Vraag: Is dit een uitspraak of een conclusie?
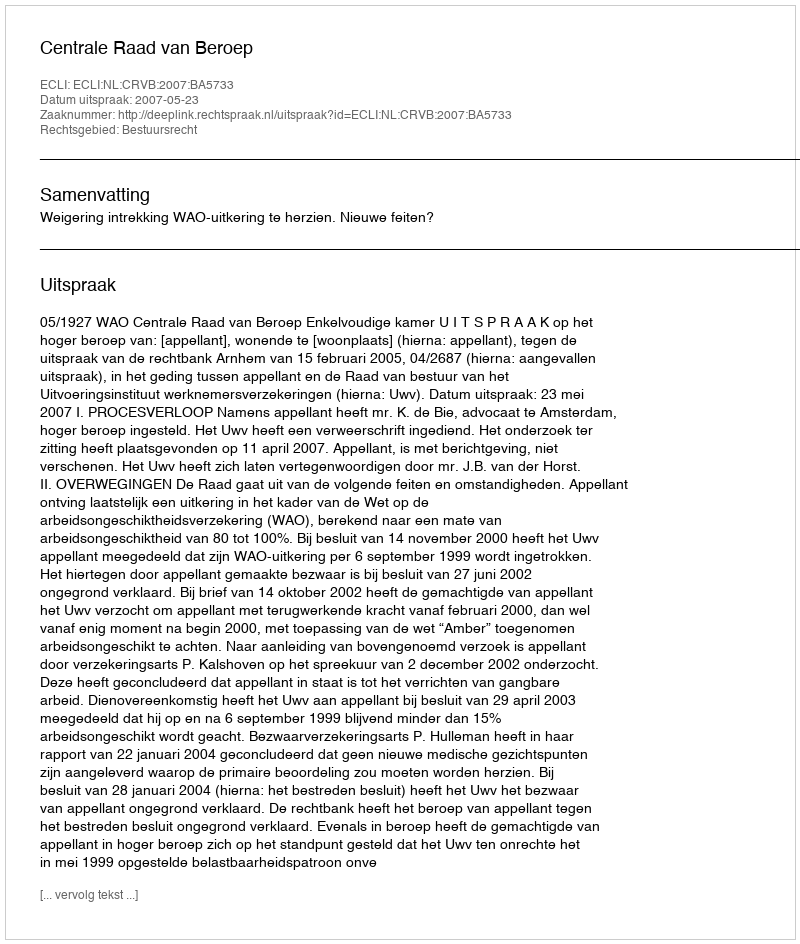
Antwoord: Uitspraak